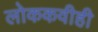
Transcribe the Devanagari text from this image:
लोककवीही